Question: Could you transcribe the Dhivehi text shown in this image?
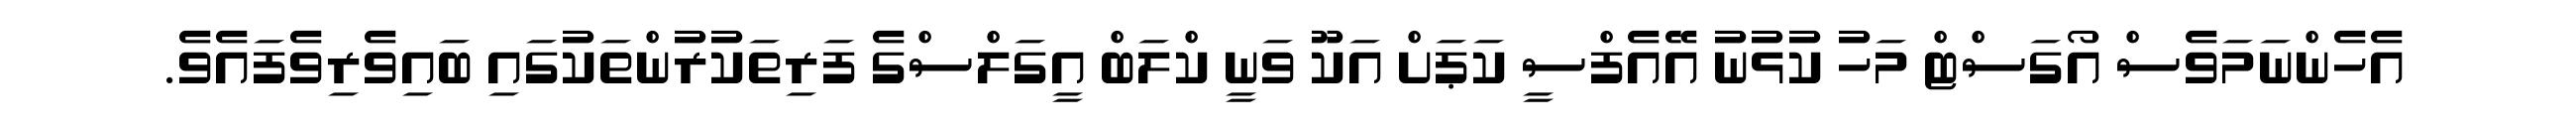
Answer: އެހެންނަމަވެސް އޯގަސްޓް މަހު ކުޅުނު އޭއެފްސީ ކަޕަށް އަކޫ ވަނީ ކްލަބް އީގަލްސްގެ ފަރިތަކުރުންތަކުގައި ބައިވެރިވެފައެވެ.